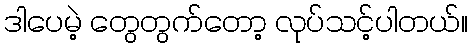
ဒါပေမဲ့ တွေတွက်တော့ လုပ်သင့်ပါတယ်။